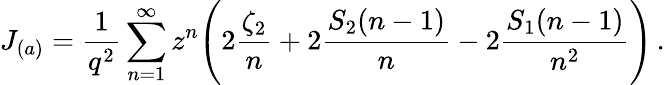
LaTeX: J_{(a)}=\frac{1}{q^{2}}\sum_{n=1}^{\infty}z^{n}\Biggl(2\frac{\zeta_{2}}{n}+2\frac{S_{2}(n-1)}{n}-2\frac{S_{1}(n-1)}{n^{2}}\Biggr)\, .